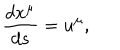
LaTeX: \frac { d x ^ { \mu } } { d s } = u ^ { \mu } ,